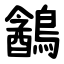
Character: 䳺